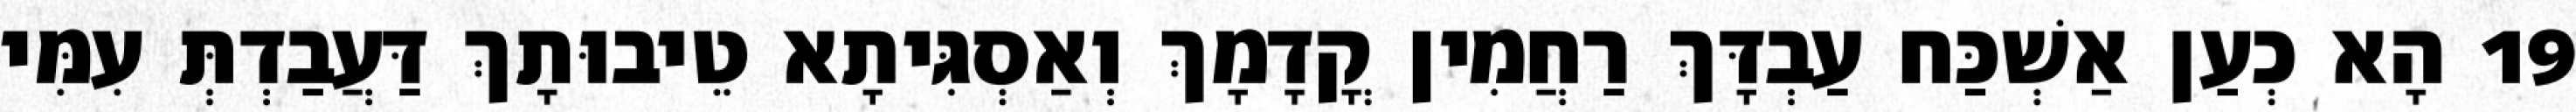
19 הָא כְעַן אַשְׁכַּח עַבְדָּךְ רַחֲמִין קֳדָמָךְ וְאַסְגִּיתָא טֵיבוּתָךְ דַּעֲבַדְתְּ עִמִּי